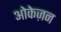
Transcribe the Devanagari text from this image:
ओकेज़न